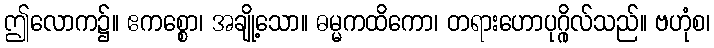
ဤလောက၌။ ဧကစ္စော၊ အချို့သော။ ဓမ္မကထိကော၊ တရားဟောပုဂ္ဂိုလ်သည်။ ဗဟုံစ၊